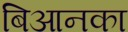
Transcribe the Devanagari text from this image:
बिआनका